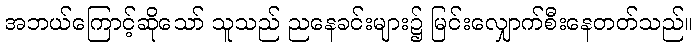
အဘယ်ကြောင့်ဆိုသော် သူသည် ညနေခင်းများ၌ မြင်းလျှောက်စီးနေတတ်သည်။